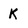
Character: K